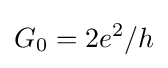
G_{0}=2e^{2}/h